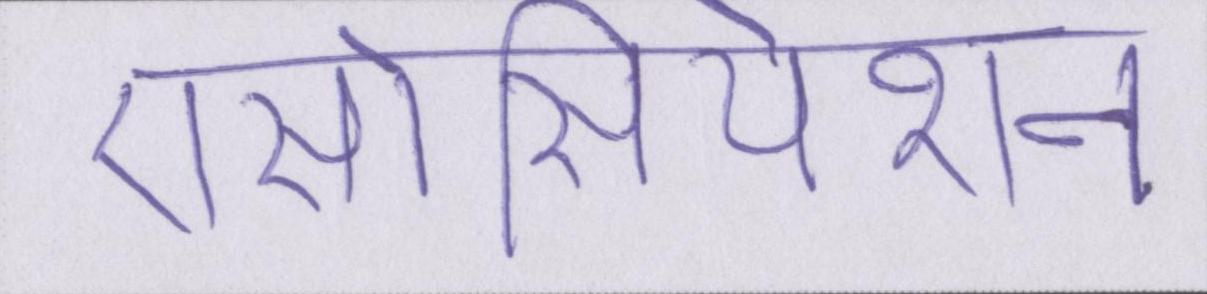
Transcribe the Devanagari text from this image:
एसोसियेशन